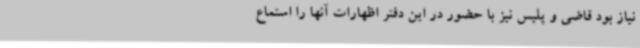
نیاز بود قاضی و پلیس نیز با حضور در این دفتر اظهارات آنها را استماع